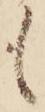
も